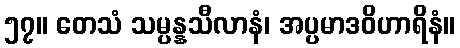
၅၇။ တေသံ သမ္ပန္နသီလာနံ၊ အပ္ပမာဒဝိဟာရိနံ။